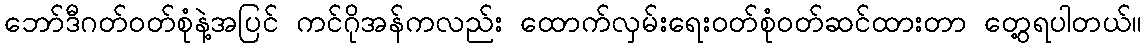
ဘော်ဒီဂတ်ဝတ်စုံနဲ့အပြင် ကင်ဂိုအန်ကလည်း ထောက်လှမ်းရေးဝတ်စုံဝတ်ဆင်ထားတာ တွေ့ရပါတယ်။